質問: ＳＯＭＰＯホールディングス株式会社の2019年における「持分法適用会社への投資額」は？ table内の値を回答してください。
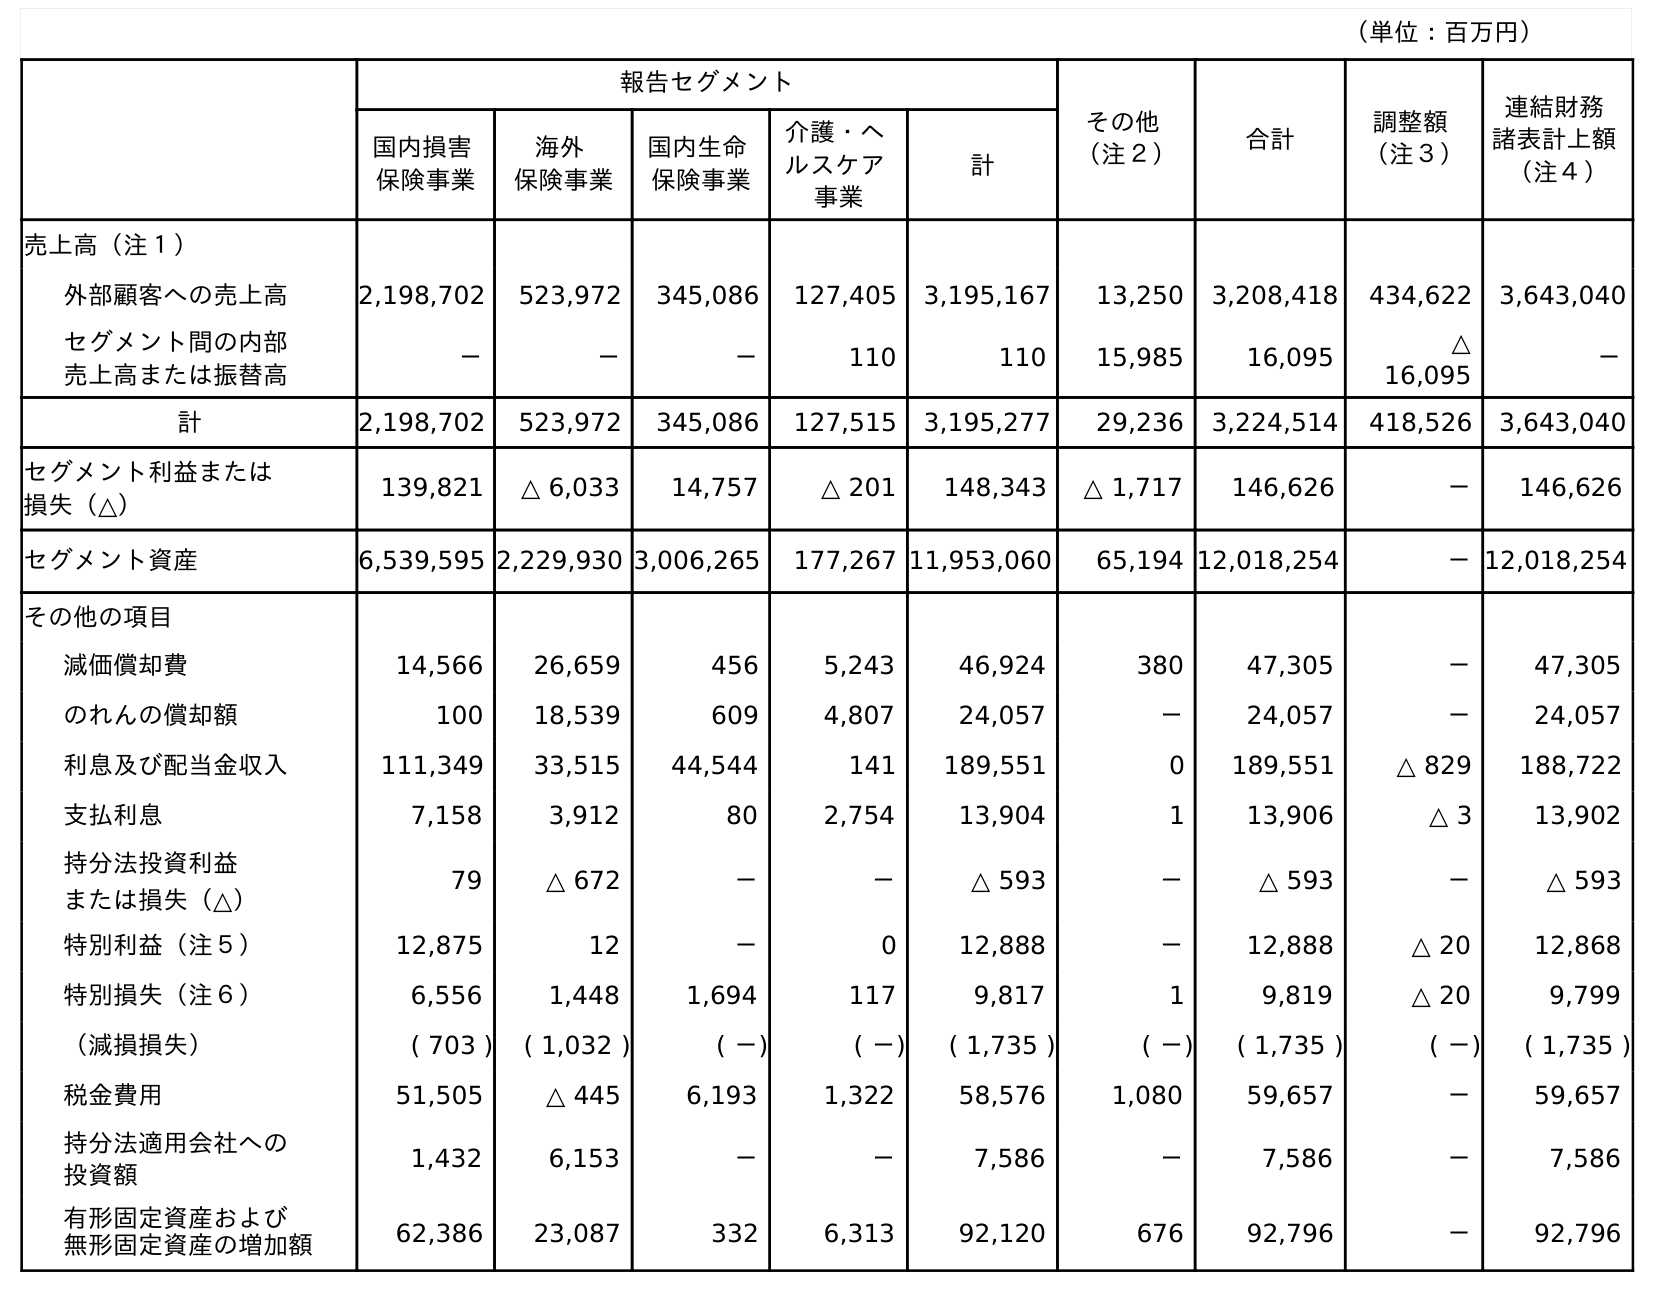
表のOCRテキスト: （単位：百万円） 報告セグメント その他 （注２） 合計 調整額 （注３） 連結財務 諸表計上額 （注４） 国内損害 保険事業 海外 保険事業 国内生命 保険事業 介護・ヘ ルスケア 事業 計 売上高（注１） 外部顧客への売上高 2,198,702 523,972 345,086 127,405 3,195,167 13,250 3,208,418 434,622 3,643,040 セグメント間の内部 売上高または振替高 － － － 110 110 15,985 16,095 △ 16,095 － 計 2,198,702 523,972 345,086 127,515 3,195,277 29,236 3,224,514 418,526 3,643,040 セグメント利益または 損失（△） 139,821 △ 6,033 14,757 △ 201 148,343 △ 1,717 146,626 － 146,626 セグメント資産 6,539,595 2,229,930 3,006,265 177,267 11,953,060 65,194 12,018,254 －12,018,254 その他の項目 減価償却費 14,566 26,659 456 5,243 46,924 380 47,305 － 47,305 のれんの償却額 100 18,539 609 4,807 24,057 － 24,057 － 24,057 利息及び配当金収入 111,349 33,515 44,544 141 189,551 0 189,551 △ 829 188,722 支払利息 7,158 3,912 80 2,754 13,904 1 13,906 △ 3 13,902 持分法投資利益 または損失（△） 79 △ 672 － － △ 593 － △ 593 － △ 593 特別利益（注５） 12,875 12 － 0 12,888 － 12,888 △ 20 12,868 特別損失（注６） 6,556 1,448 1,694 117 9,817 1 9,819 △ 20 9,799 （減損損失） ( 703 ) ( 1,032 ) ( －) ( －) ( 1,735 ) ( －) ( 1,735 ) ( －) ( 1,735 ) 税金費用 51,505 △ 445 6,193 1,322 58,576 1,080 59,657 － 59,657 持分法適用会社への 投資額 1,432 6,153 － － 7,586 － 7,586 － 7,586 有形固定資産および 無形固定資産の増加額 62,386 23,087 332 6,313 92,120 676 92,796 － 92,796
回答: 7,586